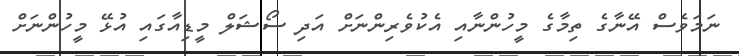
ނަމަވެސް އޭނާގެ ތިމާގެ މީހުންނާއި އެކުވެރިންނަށް އަދި ސޯޝަލް މީޑިއާގައި އުޅޭ މީހުންނަށް